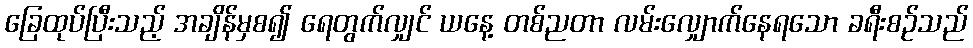
ခြေထုပ်ပြီးသည့် အချိန်မှစ၍ ရေတွက်လျှင် ယနေ့ တစ်ညတာ လမ်းလျှောက်နေရသော ခရီးစဉ်သည်